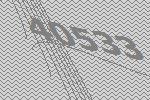
40533